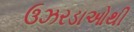
ઉઝરડાઓથી